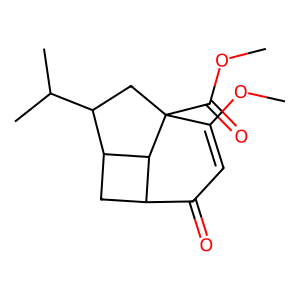
SMILES: COC(=O)C12CC(C(C)C)C3CC(C(=O)C=C1OC)C32
Inhibits HIV replication: No